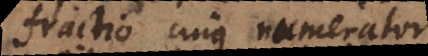
fractio cujus numerator